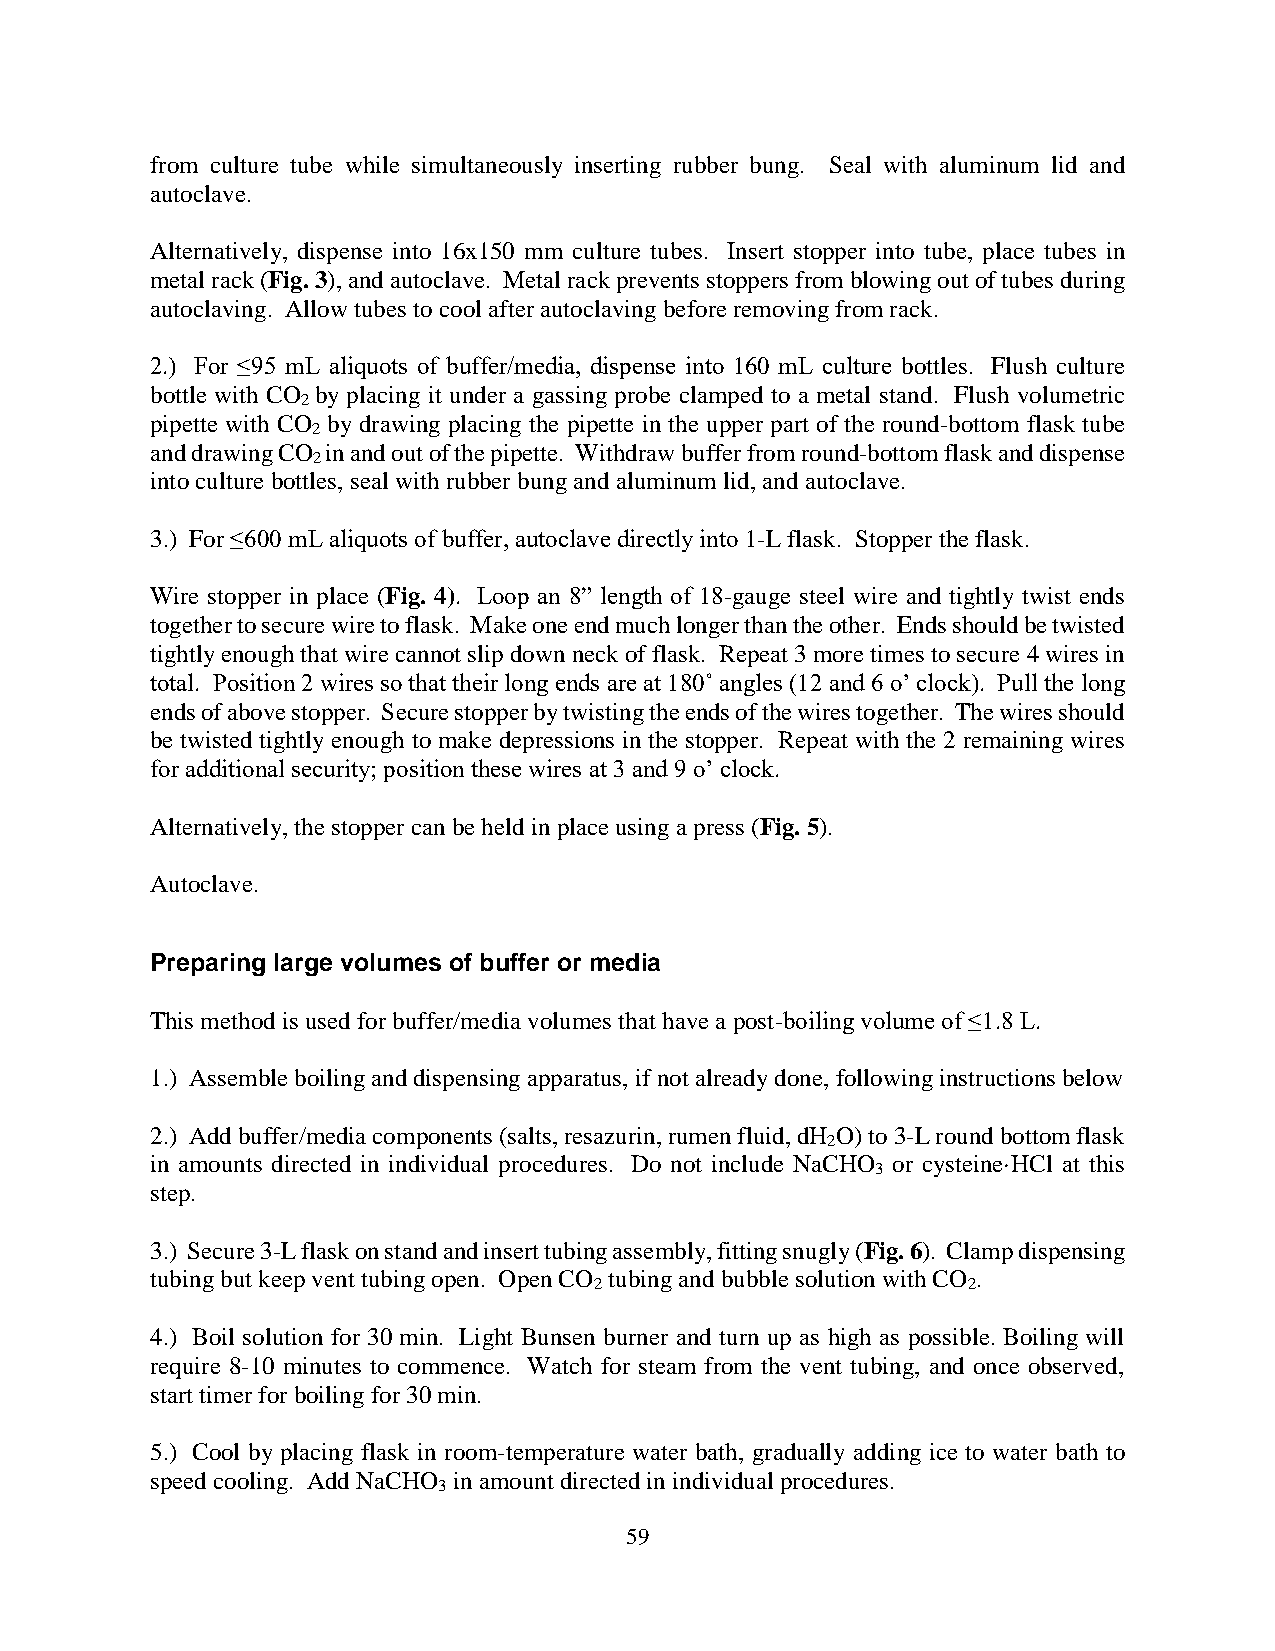
from culture tube while simultaneously inserting rubber bung. Seal with aluminum lid and
 autoclave.
 Alternatively, dispense into 16x150 mm culture tubes. Insert stopper into tube, place tubes in
 metal rack (Fig. 3), and autoclave. Metal rack prevents stoppers from blowing out of tubes during
 autoclaving. Allow tubes to cool after autoclaving before removing from rack.
 2.) For ≤95 mL aliquots of buffer/media, dispense into 160 mL culture bottles. Flush culture
 bottle with CO by placing it under a gassing probe clamped to a metal stand. Flush volumetric
 2
 pipette with CO by drawing placing the pipette in the upper part of the round-bottom flask tube
 2
 and drawing CO in and out of the pipette. Withdraw buffer from round-bottom flask and dispense
 2
 into culture bottles, seal with rubber bung and aluminum lid, and autoclave.
 3.) For ≤600 mL aliquots of buffer, autoclave directly into 1-L flask. Stopper the flask.
 Wire stopper in place (Fig. 4). Loop an 8” length of 18-gauge steel wire and tightly twist ends
 together to secure wire to flask. Make one end much longer than the other. Ends should be twisted
 tightly enough that wire cannot slip down neck of flask. Repeat 3 more times to secure 4 wires in
 total. Position 2 wires so that their long ends are at 180˚ angles (12 and 6 o’ clock). Pull the long
 ends of above stopper. Secure stopper by twisting the ends of the wires together. The wires should
 be twisted tightly enough to make depressions in the stopper. Repeat with the 2 remaining wires
 for additional security; position these wires at 3 and 9 o’ clock.
 Alternatively, the stopper can be held in place using a press (Fig. 5).
 Autoclave.
 Preparing large volumes of buffer or media
 This method is used for buffer/media volumes that have a post-boiling volume of ≤1.8 L.
 1.) Assemble boiling and dispensing apparatus, if not already done, following instructions below
 2.) Add buffer/media components (salts, resazurin, rumen fluid, dH O) to 3-L round bottom flask
 2
 in amounts directed in individual procedures. Do not include NaCHO or cysteine·HCl at this
 3
 step.
 3.) Secure 3-L flask on stand and insert tubing assembly, fitting snugly (Fig. 6). Clamp dispensing
 tubing but keep vent tubing open. Open CO tubing and bubble solution with CO .
 2                        2
 4.) Boil solution for 30 min. Light Bunsen burner and turn up as high as possible. Boiling will
 require 8-10 minutes to commence. Watch for steam from the vent tubing, and once observed,
 start timer for boiling for 30 min.
 5.) Cool by placing flask in room-temperature water bath, gradually adding ice to water bath to
 speed cooling. Add NaCHO in amount directed in individual procedures.
 3
 59